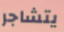
يتشاجر